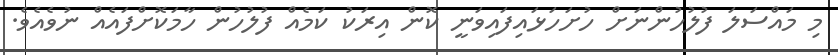
މި މައްސަލަ ފުލުހުންނަށް ހުށަހަޅައިފައިވަނީ ކޮން އިރަކު ކަމެއް ފުލުހުން ހާމަކޮށްފައެއް ނުވެއެވެ.